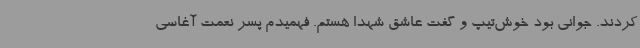
کردند. جوانی بود خوش‌تیپ و گفت عاشق شهدا هستم. فهمیدم پسر نعمت آغاسی